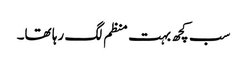
سب کچھ بہت منظم لگ رہا تھا۔